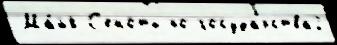
Ма́йя С'еноты по государства2